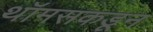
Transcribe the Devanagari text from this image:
थॉमसकडून